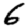
Digit: 6